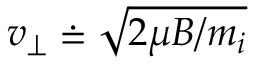
v _ { \perp } \doteq \sqrt { 2 \mu B / m _ { i } }